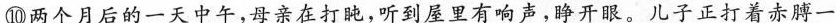
⑩两个月后的一天中午，母亲在打盹，听到屋里有响声，睁开眼，儿子正打着赤膊一